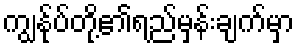
ကျွန်ုပ်တို့၏ရည်မှန်းချက်မှာ